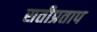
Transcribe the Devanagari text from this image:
सतीप्रताप